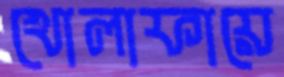
খোলাফায়ে